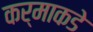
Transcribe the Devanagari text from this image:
कर्माकडे